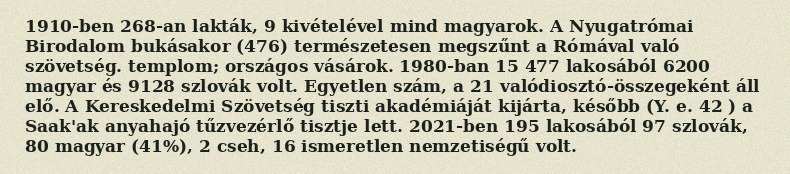
1910-ben 268-an lakták, 9 kivételével mind magyarok. A Nyugatrómai Birodalom bukásakor (476) természetesen megszűnt a Rómával való szövetség. templom; országos vásárok. 1980-ban 15 477 lakosából 6200 magyar és 9128 szlovák volt. Egyetlen szám, a 21 valódiosztó-összegeként áll elő. A Kereskedelmi Szövetség tiszti akadémiáját kijárta, később (Y. e. 42 ) a Saak'ak anyahajó tűzvezérlő tisztje lett. 2021-ben 195 lakosából 97 szlovák, 80 magyar (41%), 2 cseh, 16 ismeretlen nemzetiségű volt.